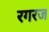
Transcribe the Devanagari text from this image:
रगरज